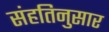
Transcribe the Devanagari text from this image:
संहतिनुसार